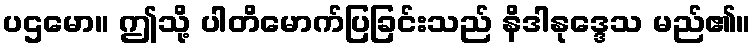
ပဌမော။ ဤသို့ ပါတိမောက်ပြခြင်းသည် နိဒါနုဒ္ဒေသ မည်၏။